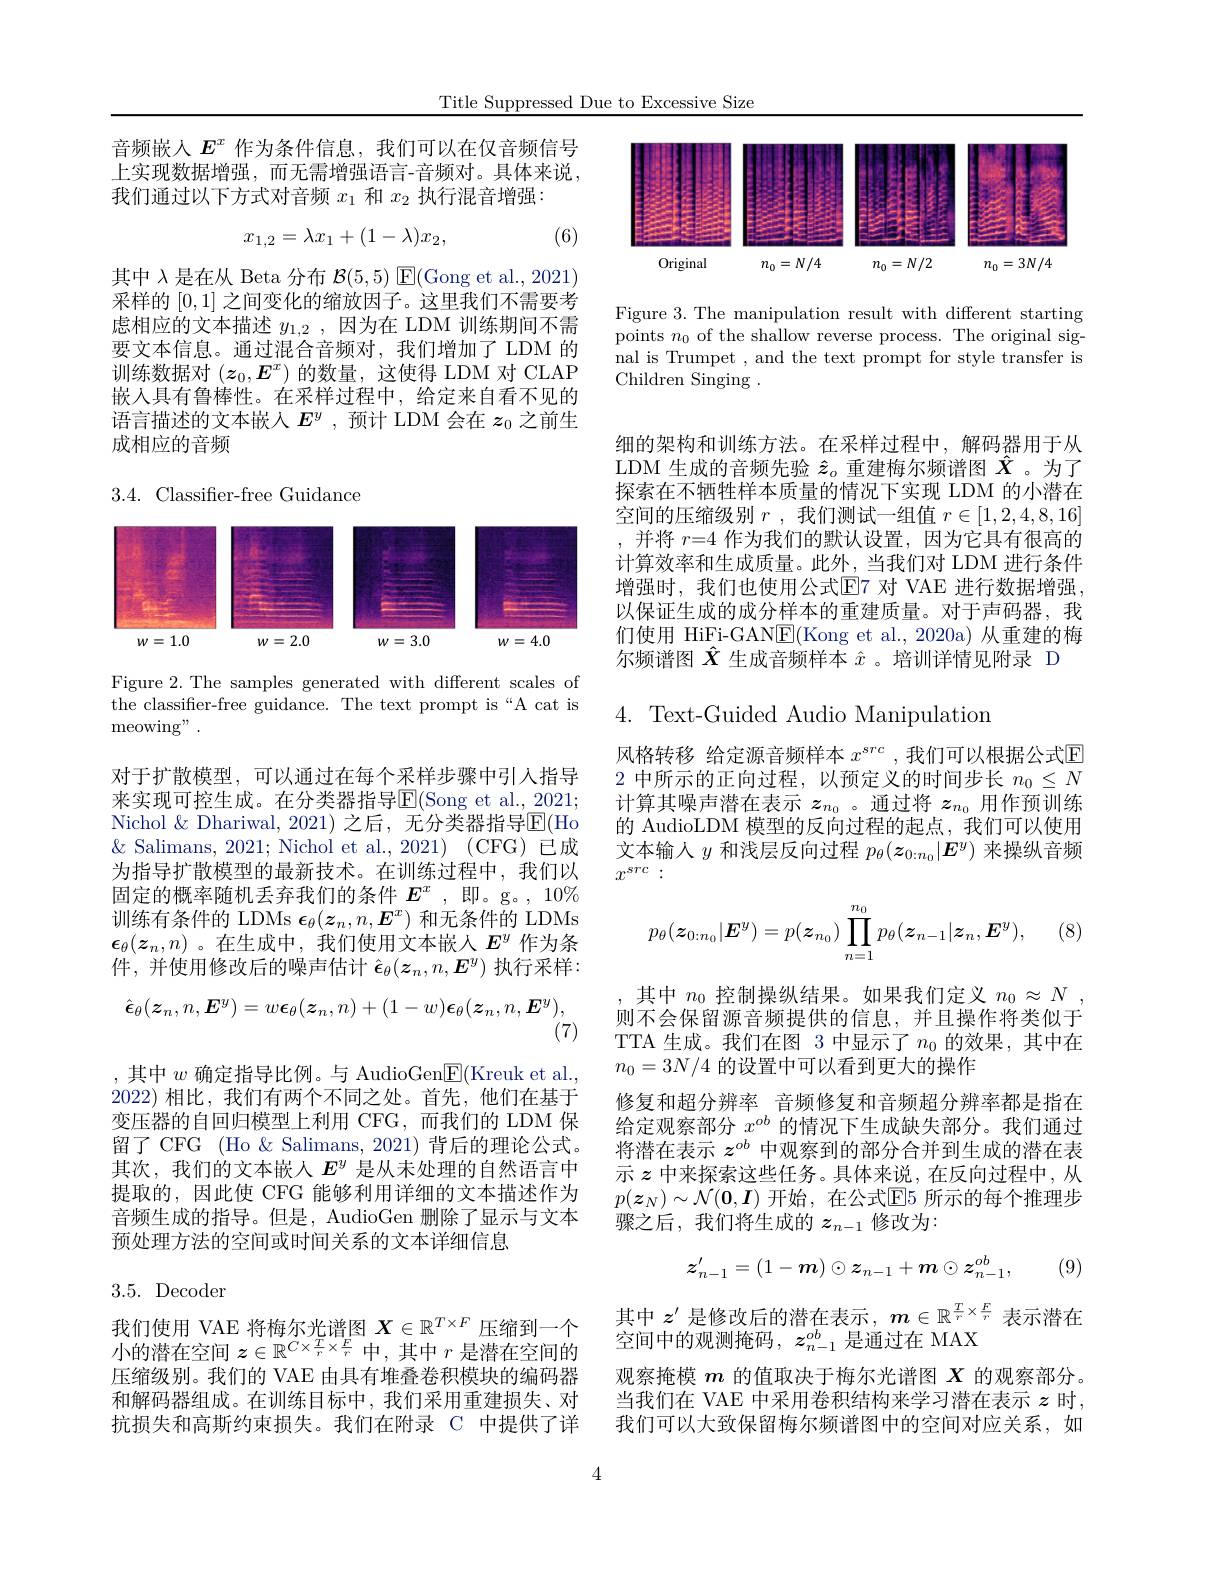
Title Suppressed Due to Excessive Size

音频嵌入$E^x$ 作为条件信息，我们可以在仅音频信号上实现数据增强，而无需增强语言-音频对。具体来说， 我们通过以下方式对音频$x_1$和$x_2$执行混音增强：

(6)
$$x_{1,2}=\lambda x_1+(1-\lambda)x_2,$$
其中 λ 是在从 Beta 分布$\mathcal{B}(5,5)$ $\mathsf{E}($Gong et al., 2021) 采样的[0,1]之间变化的缩放因子。这里我们不需要考虑相应的文本描述$y_{1,2}$ ,因为在 LDM 训练期间不需要文本信息。通过混合音频对，我们增加了 LDM 的$训练数据对(z_0,E^x)的数量，这使得 LDM 对 CLAP$ 嵌入具有鲁棒性。在采样过程中，给定来自看不见的语言描述的文本嵌人$E^y$ ,预计 LDM 会在$z_0$之前生成相应的音频

## 3.4. Classifier-free Guidance

<FigureHere>

Figure 2. The samples generated with different scales of $\bar{\text{the classifier-free guidance. The text prompt is“A cat is}}$ meowing" .
$$\hat{\boldsymbol{\epsilon}}_\theta(\boldsymbol{z}_n,n,\boldsymbol{E}^y)=w\boldsymbol{\epsilon}_\theta(\boldsymbol{z}_n,n)+(1-w)\boldsymbol{\epsilon}_\theta(\boldsymbol{z}_n,n,\boldsymbol{E}^y),$$
(7)

对于扩散模型，可以通过在每个采样步骤中引人指导来实现可控生成。在分类器指导$\overline{\mathrm{E}}($Song et al., 2021; Nichol & Dhariwal, 2021) 之后，无分类器指导$\overline{\mathrm{E}}($Ho $\&$ Salimans, 2021; Nichol et al., 2021) (CFG) 已成为指导扩散模型的最新技术。在训练过程中，我们以固定的概率随机丢弃我们的条件$E^x$ ,即。g。, 10% 训练有条件的 LDMs $\epsilon_\theta(z_n,n,\boldsymbol{E}^x)$和无条件的 LDMs $\epsilon_\theta(z_n,n)$ 。在生成中，我们使用文本嵌人$E^y$作为条件，并使用修改后的噪声估计$\hat{\boldsymbol{\epsilon}}_\theta(\boldsymbol{z}_n,n,\boldsymbol{E}^y)$执行采样： ,其中$w$ 确定指导比例。与 AudioGen$\underline{\mathrm{E}}($Kreuk et al, 2022) 相比，我们有两个不同之处。首先，他们在基于变压器的自回归模型上利用 CFG,而我们的 LDM 保留了 CFG (Ho & Salimans, 2021) 背后的理论公式。其次，我们的文本嵌入$E^y$是从未处理的自然语言中提取的，因此使 CFG 能够利用详细的文本描述作为音频生成的指导。但是，AudioGen 删除了显示与文本预处理方法的空间或时间关系的文本详细信息
3.5.Decoder
我们使用 VAE 将梅尔光谱图$X\in\mathbb{R}^{T\times F}$压缩到一个小的潜在空间$z\in\mathbb{R}^C\times\frac Tr\times\frac Fr$中，其中$r$是潜在空间的

压缩级别。我们的 VAE 由具有堆叠卷积模块的编码器和解码器组成。在训练目标中，我们采用重建损失、对抗损失和高斯约束损失。我们在附录 C 中提供了详

4

<FigureHere>

Figure 3. The manipulation result with different starting points $n_0$ of the shallow reverse process. The original signal is Trumpet , and the text prompt for style transfer is Children Singing .

细的架构和训练方法。在采样过程中，解码器用于从LDM 生成的音频先验$\hat{z}_o$重建梅尔频谱图$\hat{X}$ 。为了探索在不牺牲样本质量的情况下实现 LDM 的小潜在空间的压缩级别$r$ ,我们测试一组值$r\in[1,2,4,8,16]$ ,并将$r=4$作为我们的默认设置，因为它具有很高的计算效率和生成质量。此外，当我们对 LDM 进行条件增强时，我们也使用公式$\overline{\mathrm{E}}$7 对 VAE 进行数据增强， 以保证生成的成分样本的重建质量。对于声码器，我们使用 HiFi-GAN$\underline{\mathrm{E}}($Kong et al.,2020a)从重建的梅尔频谱图$\hat{X}$生成音频样本$\hat{x}$ 。培训详情见附录 D

4. Text-Guided Audio Manipulation

风格转移 给定源音频样本 $x^src$, 我们可以根据公式$\mathbb{E}$ 2 中所示的正向过程，以预定义的时间步长$n_0\leq N$ 计算其噪声潜在表示$z_{n_0}$ 。通过将$z_n_0$用作预训练的 AudioLDM 模型的反向过程的起点，我们可以使用文本输人$y$和浅层反向过程$p_\theta(\boldsymbol{z}_{0:n_0}|\boldsymbol{E}^y)$来操纵音频$x^{src}:$

 (8)
$$p_\theta(\boldsymbol{z}_{0:n_0}|\boldsymbol{E}^y)=p(\boldsymbol{z}_{n_0})\prod_{n=1}^{n_0}p_\theta(\boldsymbol{z}_{n-1}|\boldsymbol{z}_n,\boldsymbol{E}^y),$$
,其中$n_0$控制操纵结果。如果我们定义$n_0\approx N$ 则不会保留源音频提供的信息，并且操作将类似于TTA 生成。我们在图 3 中显示了$n_0$的效果，其中在$n_0=3N/4$的设置中可以看到更大的操作
修复和超分辨率 音频修复和音频超分辨率都是指在给定观察部分$x^{ob}$的情况下生成缺失部分。我们通过将潜在表示$z^{ob}$中观察到的部分合并到生成的潜在表示$z$中来探索这些任务。具体来说，在反向过程中，从$p(\boldsymbol{z}_N)\sim\mathcal{N}(\mathbf{0},\boldsymbol{I})$ 开始，在公式$\mathbb{E}$5 所示的每个推理步骤之后，我们将生成的$z_n-1$修改为：

(9)
$$z_{n-1}'=(1-\boldsymbol{m})\odot z_{n-1}+\boldsymbol{m}\odot\boldsymbol{z}_{n-1}^{ob},$$
其中$z^{\prime}$是修改后的潜在表示，$m\in\mathbb{R}^{\frac Tr\times\frac Fr}$表示潜在
空间中的观测掩码，$z_n-1^{ob}$是通过在 MAX
观察掩模$m$的值取决于梅尔光谱图$X$的观察部分。当我们在 VAE 中采用卷积结构来学习潜在表示 $z$ 时， 我们可以大致保留梅尔频谱图中的空间对应关系，如